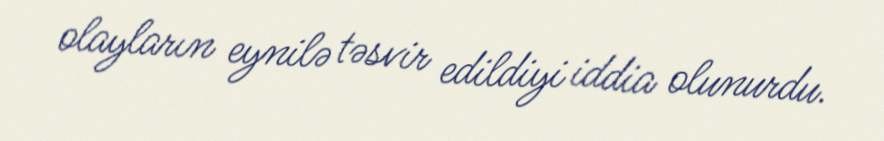
olayların eynilə təsvir edildiyi iddia olunurdu.